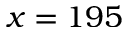
x = 1 9 5